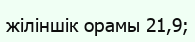
жіліншік орамы 21,9;